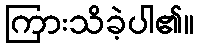
ကြားသိခဲ့ပါ၏။